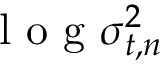
\mathrm { ~ l ~ o ~ g ~ } \sigma _ { t , n } ^ { 2 }